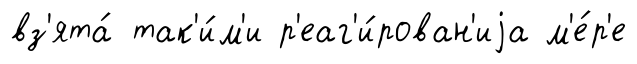
вз'ята́ так'и́м'и р'еаг'и́рован'иjа м'е́р'е